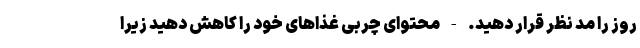
روز را مد نظر قرار دهید. - محتوای چربی غذاهای خود را کاهش دهید زیرا